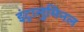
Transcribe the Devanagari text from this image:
इंट्रालुमिनल